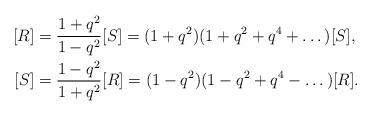
LaTeX: \begin{align*}[R] &= \frac{1+q^2}{1-q^2}[S] = (1+q^2)(1+q^2+q^4+\dots)[S], \\ [S] &= \frac{1-q^2}{1+q^2}[R] = (1-q^2)(1-q^2+q^4- \dots)[R].\end{align*}